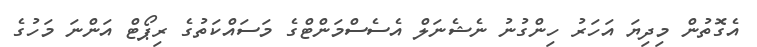
އެގޮތުން މިދިޔަ އަހަރު ހިންގުނު ނެޝެނަލް އެސެސްމަންޓްގެ މަސައްކަތުގެ ރިޕޯޓް އަންނަ މަހުގެ